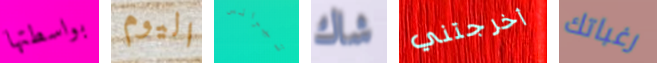
بواسطتها اليوم تيرانس شاك أخرجتني رغباتك